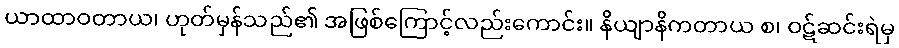
ယာထာဝတာယ၊ ဟုတ်မှန်သည်၏ အဖြစ်ကြောင့်လည်းကောင်း။ နိယျာနိကတာယ စ၊ ဝဋ်ဆင်းရဲမှ